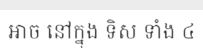
អាច នៅក្នុង ទិស ទាំង ៤